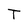
Character: T